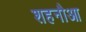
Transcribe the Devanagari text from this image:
शहनौआ